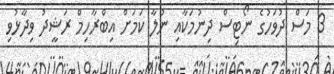
3 މަސް ދުވަހުގެ ނޯޓިސް ދިނުމަކާއި ނުލާ ކަމަށް އިބްރާހިމް ރަޝީދު ވިދާޅުވި